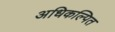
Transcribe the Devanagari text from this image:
अधिकल्पित